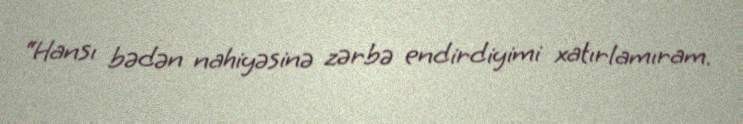
“Hansı bədən nahiyəsinə zərbə endirdiyimi xatırlamıram.